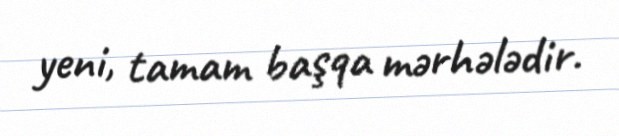
yeni, tamam başqa mərhələdir.